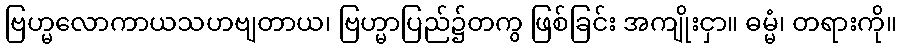
ဗြဟ္မလောကာယသဟဗျတာယ၊ ဗြဟ္မာပြည်၌တကွ ဖြစ်ခြင်း အကျိုးငှာ။ ဓမ္မံ၊ တရားကို။